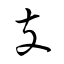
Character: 支